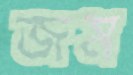
জম